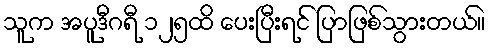
သူက အပူဒီဂရီ ၁၂၅ထိ ပေးပြီးရင် ပြာဖြစ်သွားတယ်။